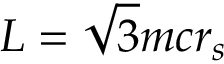
{ \cal { L } } = \sqrt { 3 } m c r _ { s }